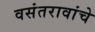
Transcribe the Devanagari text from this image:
वसंतरावांचे